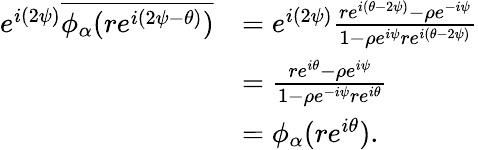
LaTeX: \begin{array}{rl}{e^{i(2\psi)}\overline{{\phi_{\alpha}(re^{i(2\psi-\theta)})}}}&{=e^{i(2\psi)}\frac{re^{i(\theta-2\psi)}-\rho e^{-i\psi}}{1-\rho e^{i\psi}re^{i(\theta-2\psi)}}}\\ &{=\frac{re^{i\theta}-\rho e^{i\psi}}{1-\rho e^{-i\psi}re^{i\theta}}}\\ &{=\phi_{\alpha}(re^{i\theta}).}\end{array}